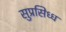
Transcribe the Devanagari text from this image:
सुप्रसिध्ध